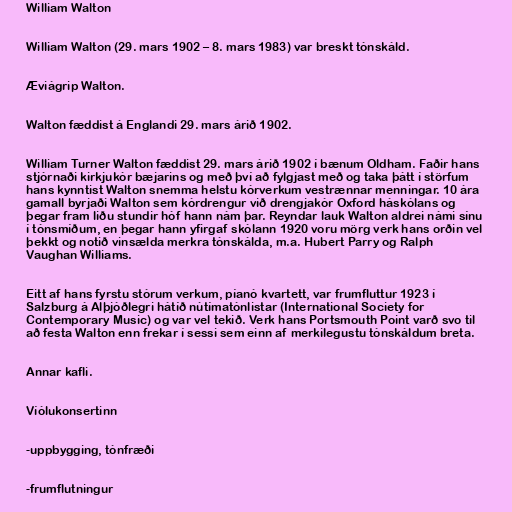
William Walton

William Walton (29. mars 1902 – 8. mars 1983) var breskt tónskáld.

Æviágrip Walton.

Walton fæddist á Englandi 29. mars árið 1902.

William Turner Walton fæddist 29. mars árið 1902 í bænum Oldham. Faðir hans
stjórnaði kirkjukór bæjarins og með því að fylgjast með og taka þátt í störfum
hans kynntist Walton snemma helstu kórverkum vestrænnar menningar. 10 ára
gamall byrjaði Walton sem kórdrengur við drengjakór Oxford háskólans og
þegar fram liðu stundir hóf hann nám þar. Reyndar lauk Walton aldrei námi sínu
í tónsmíðum, en þegar hann yfirgaf skólann 1920 voru mörg verk hans orðin vel
þekkt og notið vinsælda merkra tónskálda, m.a. Hubert Parry og Ralph
Vaughan Williams.

Eitt af hans fyrstu stórum verkum, píanó kvartett, var frumfluttur 1923 í
Salzburg á Alþjóðlegri hátíð nútímatónlistar (International Society for
Contemporary Music) og var vel tekið. Verk hans Portsmouth Point varð svo til
að festa Walton enn frekar í sessi sem einn af merkilegustu tónskáldum breta.

Annar kafli.

Víólukonsertinn

-uppbygging, tónfræði

-frumflutningur